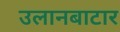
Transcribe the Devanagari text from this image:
उलानबाटार